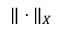
\| \cdot \| _ { X }